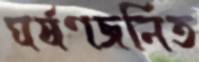
ঘর্ষণজনিত